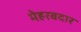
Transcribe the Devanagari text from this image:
मेहरबदार